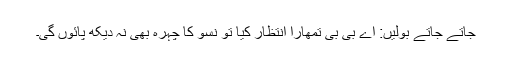
جاتے جاتے بولیں: اے بی بی تمھارا انتظار کیا تو نَسو کا چہرہ بھی نہ دیکھ پائوں گی۔